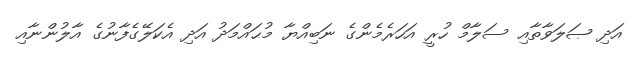
އަދި ޞަލަވާތާއި ސަލާމް ހުރީ އަހަރެމެންގެ ނަބިއްޔާ މުޙައްމަދު އަދި އެކަލޭގެފާނުގެ އާލުންނާއި